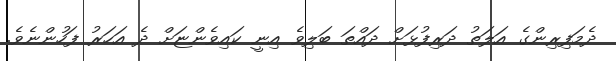
ދެމަފިރިންގެ އަލަތު ދަރިފުޅަށް ދައްތަ ބަލިވެ އިނީ ކައިވެންޏަށް ދެ އަހަރު ފަހުންނެވެ.